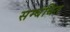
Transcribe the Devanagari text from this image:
सम्‍बंधित